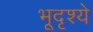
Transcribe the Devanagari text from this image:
भूदृश्ये